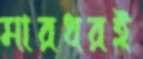
মারধরই